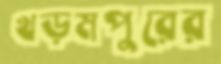
খড়মপুরের